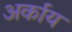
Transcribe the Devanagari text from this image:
अर्काय